Vaccination United Provinces of Agra and Oudh 1914-1922 - 1914-1922
Year: 1914
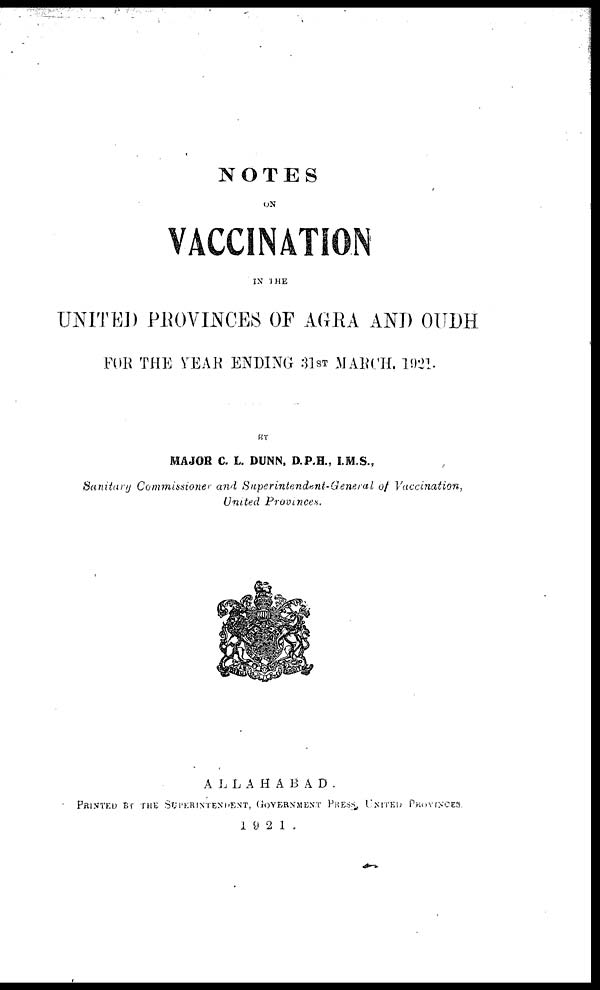
NOTES
ON
VACCINATION
IN THE
UNITED PROVINCES OF AGRA AND OUDH
FOR THE YEAR ENDING 31ST MARCH, 1921.
BY
MAJOR C. L. DUNN, D.P.H., I.M.S.,
Sanitary Commissioner and Superintendent-General of Vaccination,
United Provinces.
ALLAHABAD.
PRINTED BY THE SUPERINTENDENT, GOVERNMENT PRESS UNITED PROVINCES.
1921.